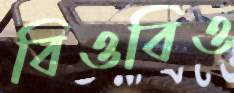
বিওবিও